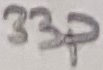
Text: 33p